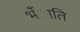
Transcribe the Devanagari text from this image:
भँाति